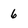
Character: 6